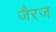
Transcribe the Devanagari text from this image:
जैरज